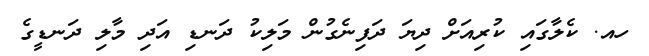
ހއ. ކެލާގައި ކުރިއަށް ދިޔަ ދަފިނެގުން މަލިކު ދަނޑި އަދި މާލި ދަނޑީގެ